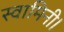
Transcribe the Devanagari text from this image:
स्वामिनी।